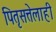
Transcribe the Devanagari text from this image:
पितृसत्तेलाही